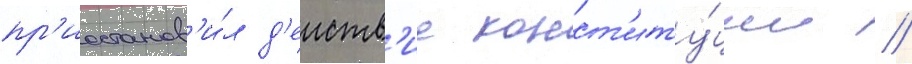
пр'иостанов'и́л д'еиств'ие конст'иту́ции /